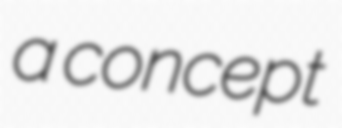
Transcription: a concept